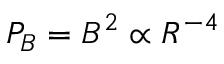
P _ { B } = B ^ { 2 } \propto R ^ { - 4 }